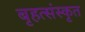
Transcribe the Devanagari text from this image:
बृहत्संस्कृत